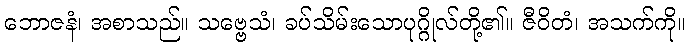
ဘောဇနံ၊ အစာသည်။ သဗ္ဗေသံ၊ ခပ်သိမ်းသောပုဂ္ဂိုလ်တို့၏။ ဇီဝိတံ၊ အသက်ကို။